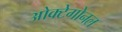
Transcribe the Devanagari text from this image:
ओक्टेगोनल